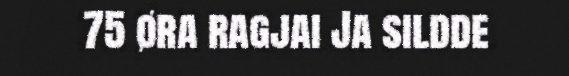
75 øra ragjai Ja sildde